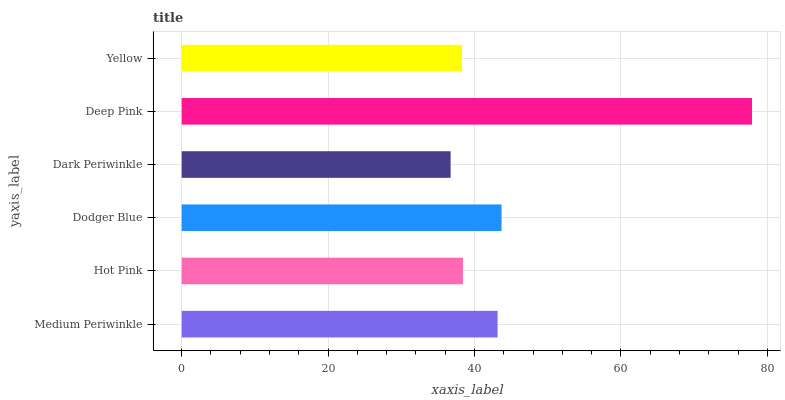
| yaxis_label | bars |
 | --- | --- |
 | Medium Periwinkle | 43.1 |
 | Hot Pink | 38.4 |
 | Dodger Blue | 43.7 |
 | Dark Periwinkle | 36.7 |
 | Deep Pink | 77.9 |
 | Yellow | 38.3 |